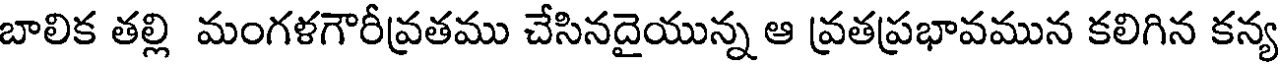
బాలిక తల్లి మంగళగౌరీవ్రతము చేసినదైయున్న ఆ వ్రతప్రభావమున కలిగిన కన్య